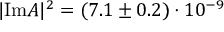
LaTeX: | \mathrm { I m } A | ^ { 2 } = ( 7 . 1 \pm 0 . 2 ) \cdot 1 0 ^ { - 9 }